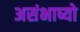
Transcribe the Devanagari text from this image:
असंभाष्यो